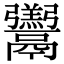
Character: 𩱧